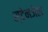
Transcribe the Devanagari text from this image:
स्टेनजेल